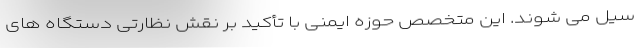
سیل می شوند. این متخصص حوزه ایمنی با تأکید بر نقش نظارتی دستگاه های